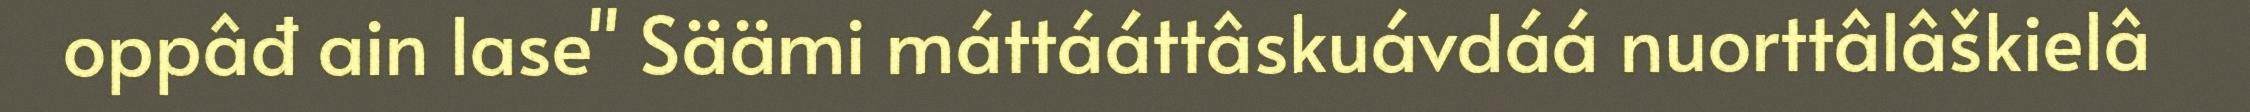
oppâđ ain lase" Säämi máttááttâskuávdáá nuorttâlâškielâ